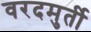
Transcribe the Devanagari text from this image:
वरदमुर्ती